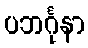
ပဘင်္ဂုနာ